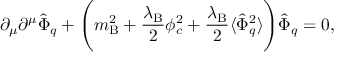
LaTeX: \partial _ { \mu } \partial ^ { \mu } \hat { \Phi } _ { q } + \Biggl ( m _ { \mathrm { B } } ^ { 2 } + \frac { \lambda _ { \mathrm { B } } } { 2 } \phi _ { c } ^ { 2 } + \frac { \lambda _ { \mathrm { B } } } { 2 } \langle \hat { \Phi } _ { q } ^ { 2 } \rangle \Biggr ) \hat { \Phi } _ { q } = 0 ,